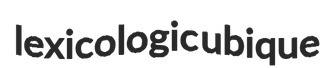
lexicologic ubique